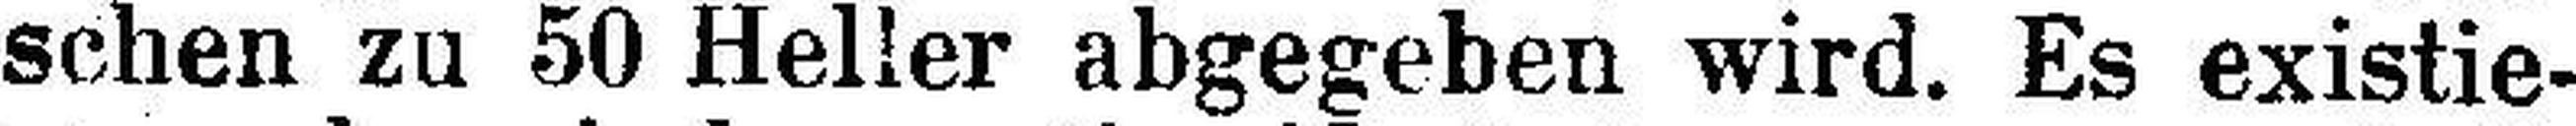
schen zu 50 Heller abgegeben wird. Es existie¬